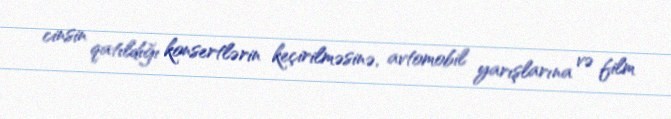
cinsin qatıldığı konsertlərin keçirilməsinə, avtomobil yarışlarına və film